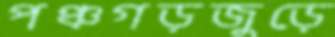
পঞ্চগড়জুড়ে